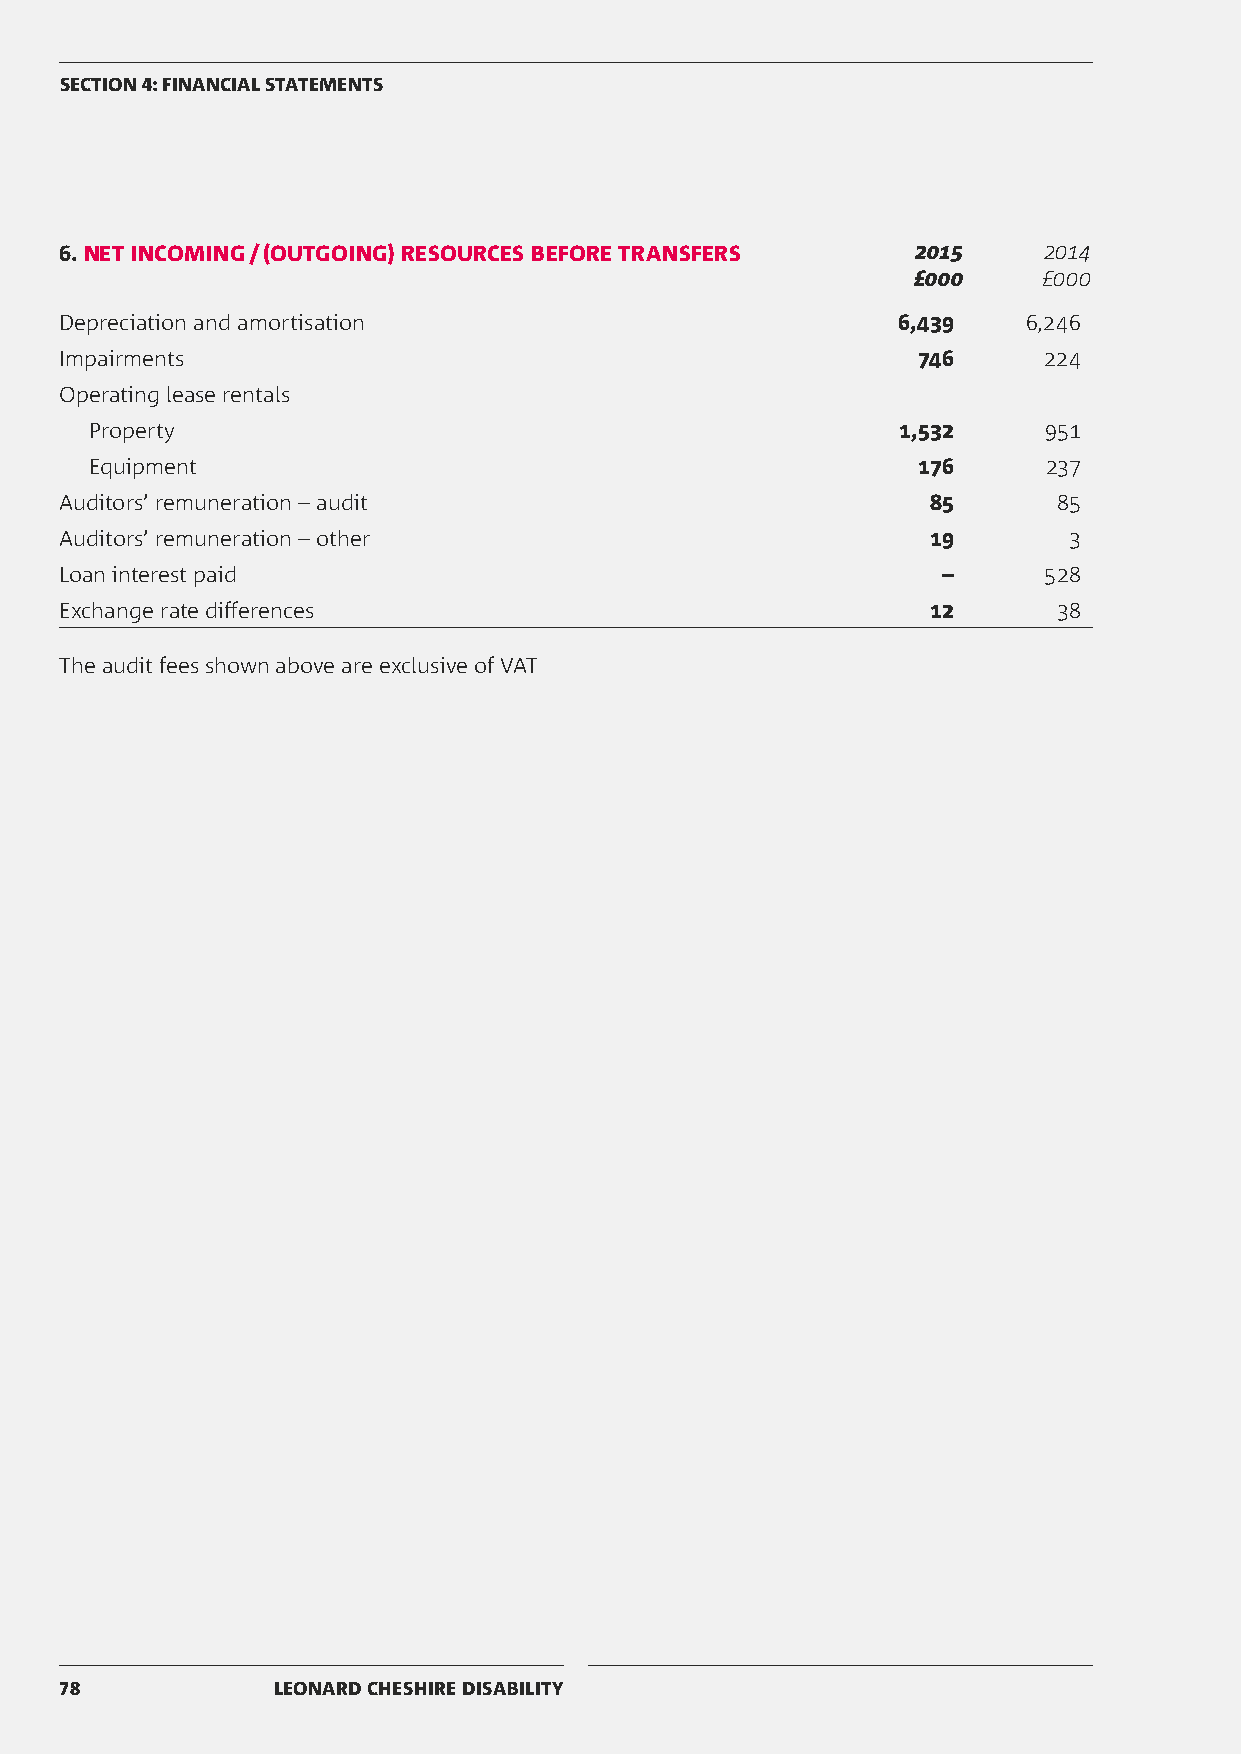
SECTION 4: FINANCIAL STATEMENTS
 6. NET INCOMING / (OUTGOING) RESOURCES BEFORE TRANSFERS  2015    2014
 £000     £000
 Depreciation and amortisation                          6,439    6,246
 Impairments                                              746     224
 Operating lease rentals
 Property                                             1,532     951
 Equipment                                              176     237
 Auditors’ remuneration – audit                            85      85
 Auditors’ remuneration – other                            19       3
 Loan interest paid                                        –      528
 Exchange rate differences                                 12      38
 The audit fees shown above are exclusive of VAT
 78            LEONARD CHESHIRE DISABILITY